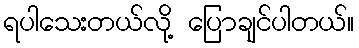
ရပါသေးတယ်လို့ ပြောချင်ပါတယ်။